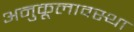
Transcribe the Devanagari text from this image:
अनुकूलावस्था